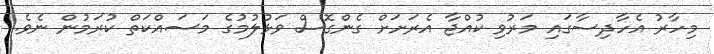
މިހާރު އެހާދިސާގައި މަރުވި ކުއްޖާ އެރަށަށް ގެންގޮސް ވަޅުލުމުގެ މަސައްކަތް ކުރަމުން ނެވެ.